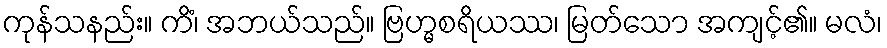
ကုန်သနည်း။ ကိံ၊ အဘယ်သည်။ ဗြဟ္မစရိယဿ၊ မြတ်သော အကျင့်၏။ မလံ၊